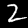
Digit: 2